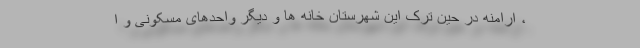
، ارامنه در حین ترک این شهرستان خانه ها و دیگر واحدهای مسکونی و ا